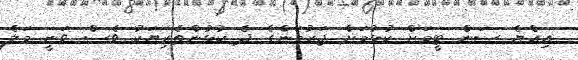
އިއްޔެ ސަން ޓީމަށް ކުޅުމަށް ޖަރުމަންގެ ދެ ކުޅުންތެރިޔަކު ވެސް ވަނީ މަލެ